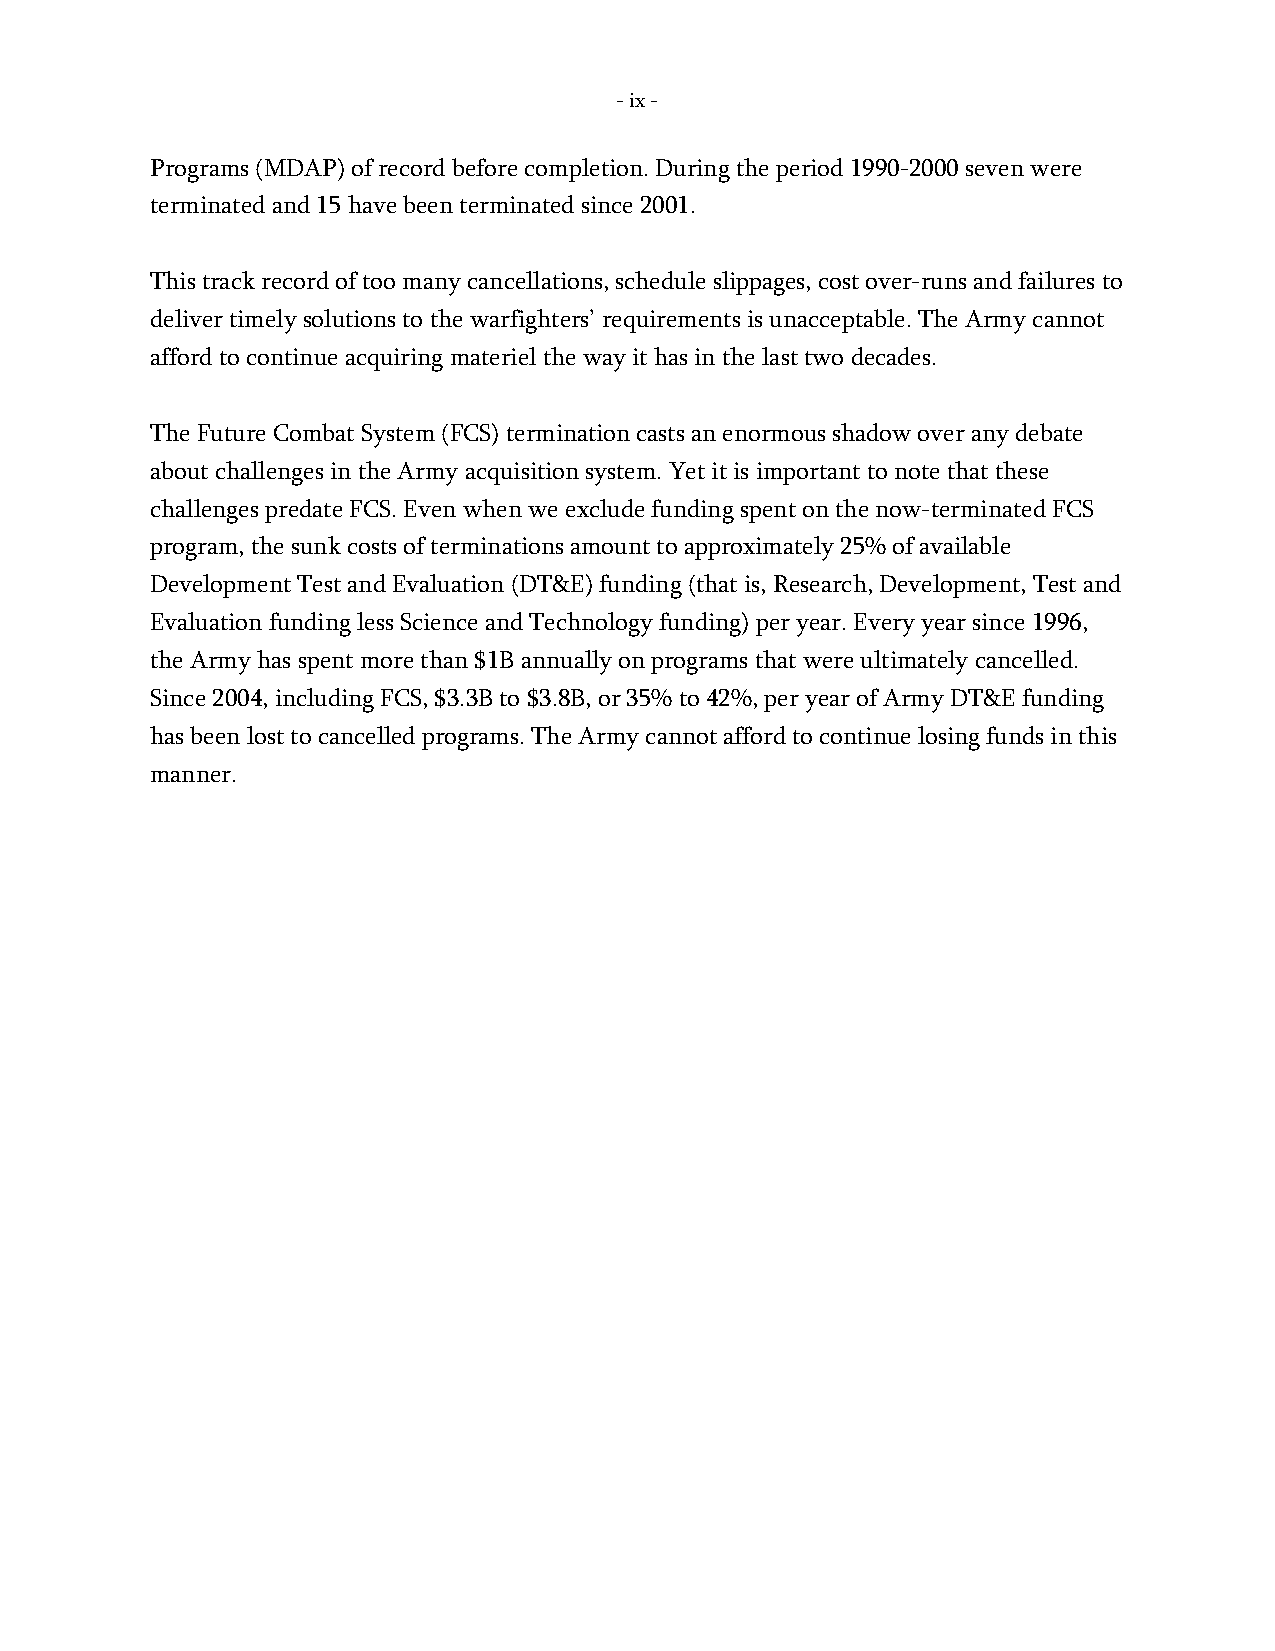
- ix -
 Programs (MDAP) of record before completion. During the period 1990-2000 seven were
 terminated and 15 have been terminated since 2001.
 This track record of too many cancellations, schedule slippages, cost over-runs and failures to
 deliver timely solutions to the warfighters’ requirements is unacceptable. The Army cannot
 afford to continue acquiring materiel the way it has in the last two decades.
 The Future Combat System (FCS) termination casts an enormous shadow over any debate
 about challenges in the Army acquisition system. Yet it is important to note that these
 challenges predate FCS. Even when we exclude funding spent on the now-terminated FCS
 program, the sunk costs of terminations amount to approximately 25% of available
 Development Test and Evaluation (DT&E) funding (that is, Research, Development, Test and
 Evaluation funding less Science and Technology funding) per year. Every year since 1996,
 the Army has spent more than $1B annually on programs that were ultimately cancelled.
 Since 2004, including FCS, $3.3B to $3.8B, or 35% to 42%, per year of Army DT&E funding
 has been lost to cancelled programs. The Army cannot afford to continue losing funds in this
 manner.